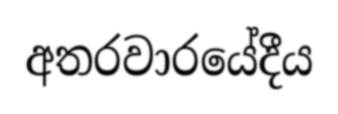
අතරවාරයේදීය